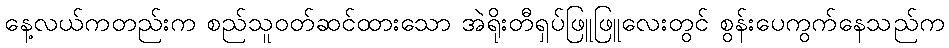
နေ့လယ်ကတည်းက စည်သူဝတ်ဆင်ထားသော အဲရိုးတီရှပ်ဖြူဖြူလေးတွင် စွန်းပေကွက်နေသည်က